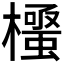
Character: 𭬛